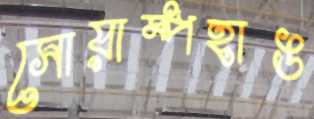
সোয়াম্পহাঙ